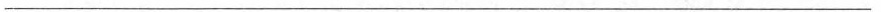
___